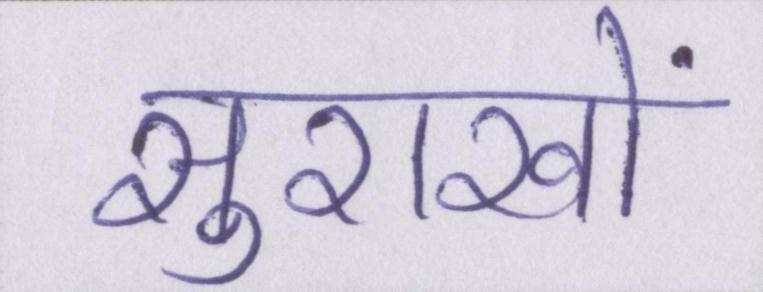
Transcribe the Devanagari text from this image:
सुराखों